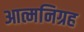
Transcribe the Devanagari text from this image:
आत्मनिग्रह